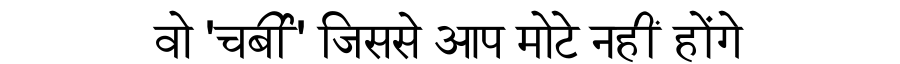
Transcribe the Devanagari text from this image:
वो 'चर्बी' जिससे आप मोटे नहीं होंगे